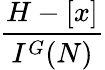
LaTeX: \frac{H-[x]}{I^{G}(N)}